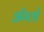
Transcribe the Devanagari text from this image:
अँग्लो